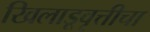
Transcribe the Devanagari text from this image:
खिलाडूवृत्तीचा